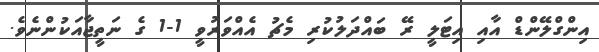
އިންގްލޭންޑް އާއި އިޓަލީ ރޭ ބައްދަލުކުރި މެޗު އެއްވަރުވީ 1-1 ގެ ނަތީޖާއަކުންނެވެ.